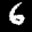
Label: 6